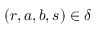
( r , a , b , s ) \in \delta